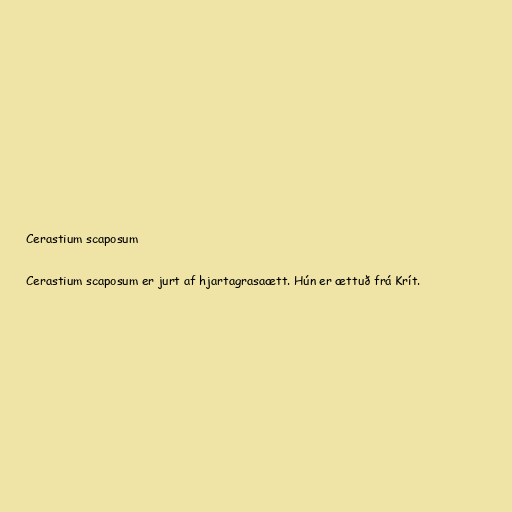
Cerastium scaposum

Cerastium scaposum er jurt af hjartagrasaætt. Hún er ættuð frá Krít.